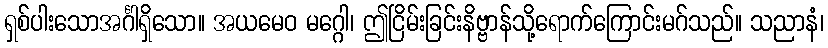
ရှစ်ပါးသောအင်္ဂါရှိသော။ အယမေဝ မဂ္ဂေါ၊ ဤငြိမ်းခြင်းနိဗ္ဗာန်သို့ရောက်ကြောင်းမဂ်သည်။ သညာနံ၊